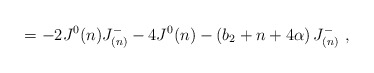
\begin{align*}= - 2 J^0(n) J^{-}_{(n)} - 4 J^0(n) - \left(b_2 + n + 4\alpha\right) J^{-}_{(n)} \ ,\end{align*}